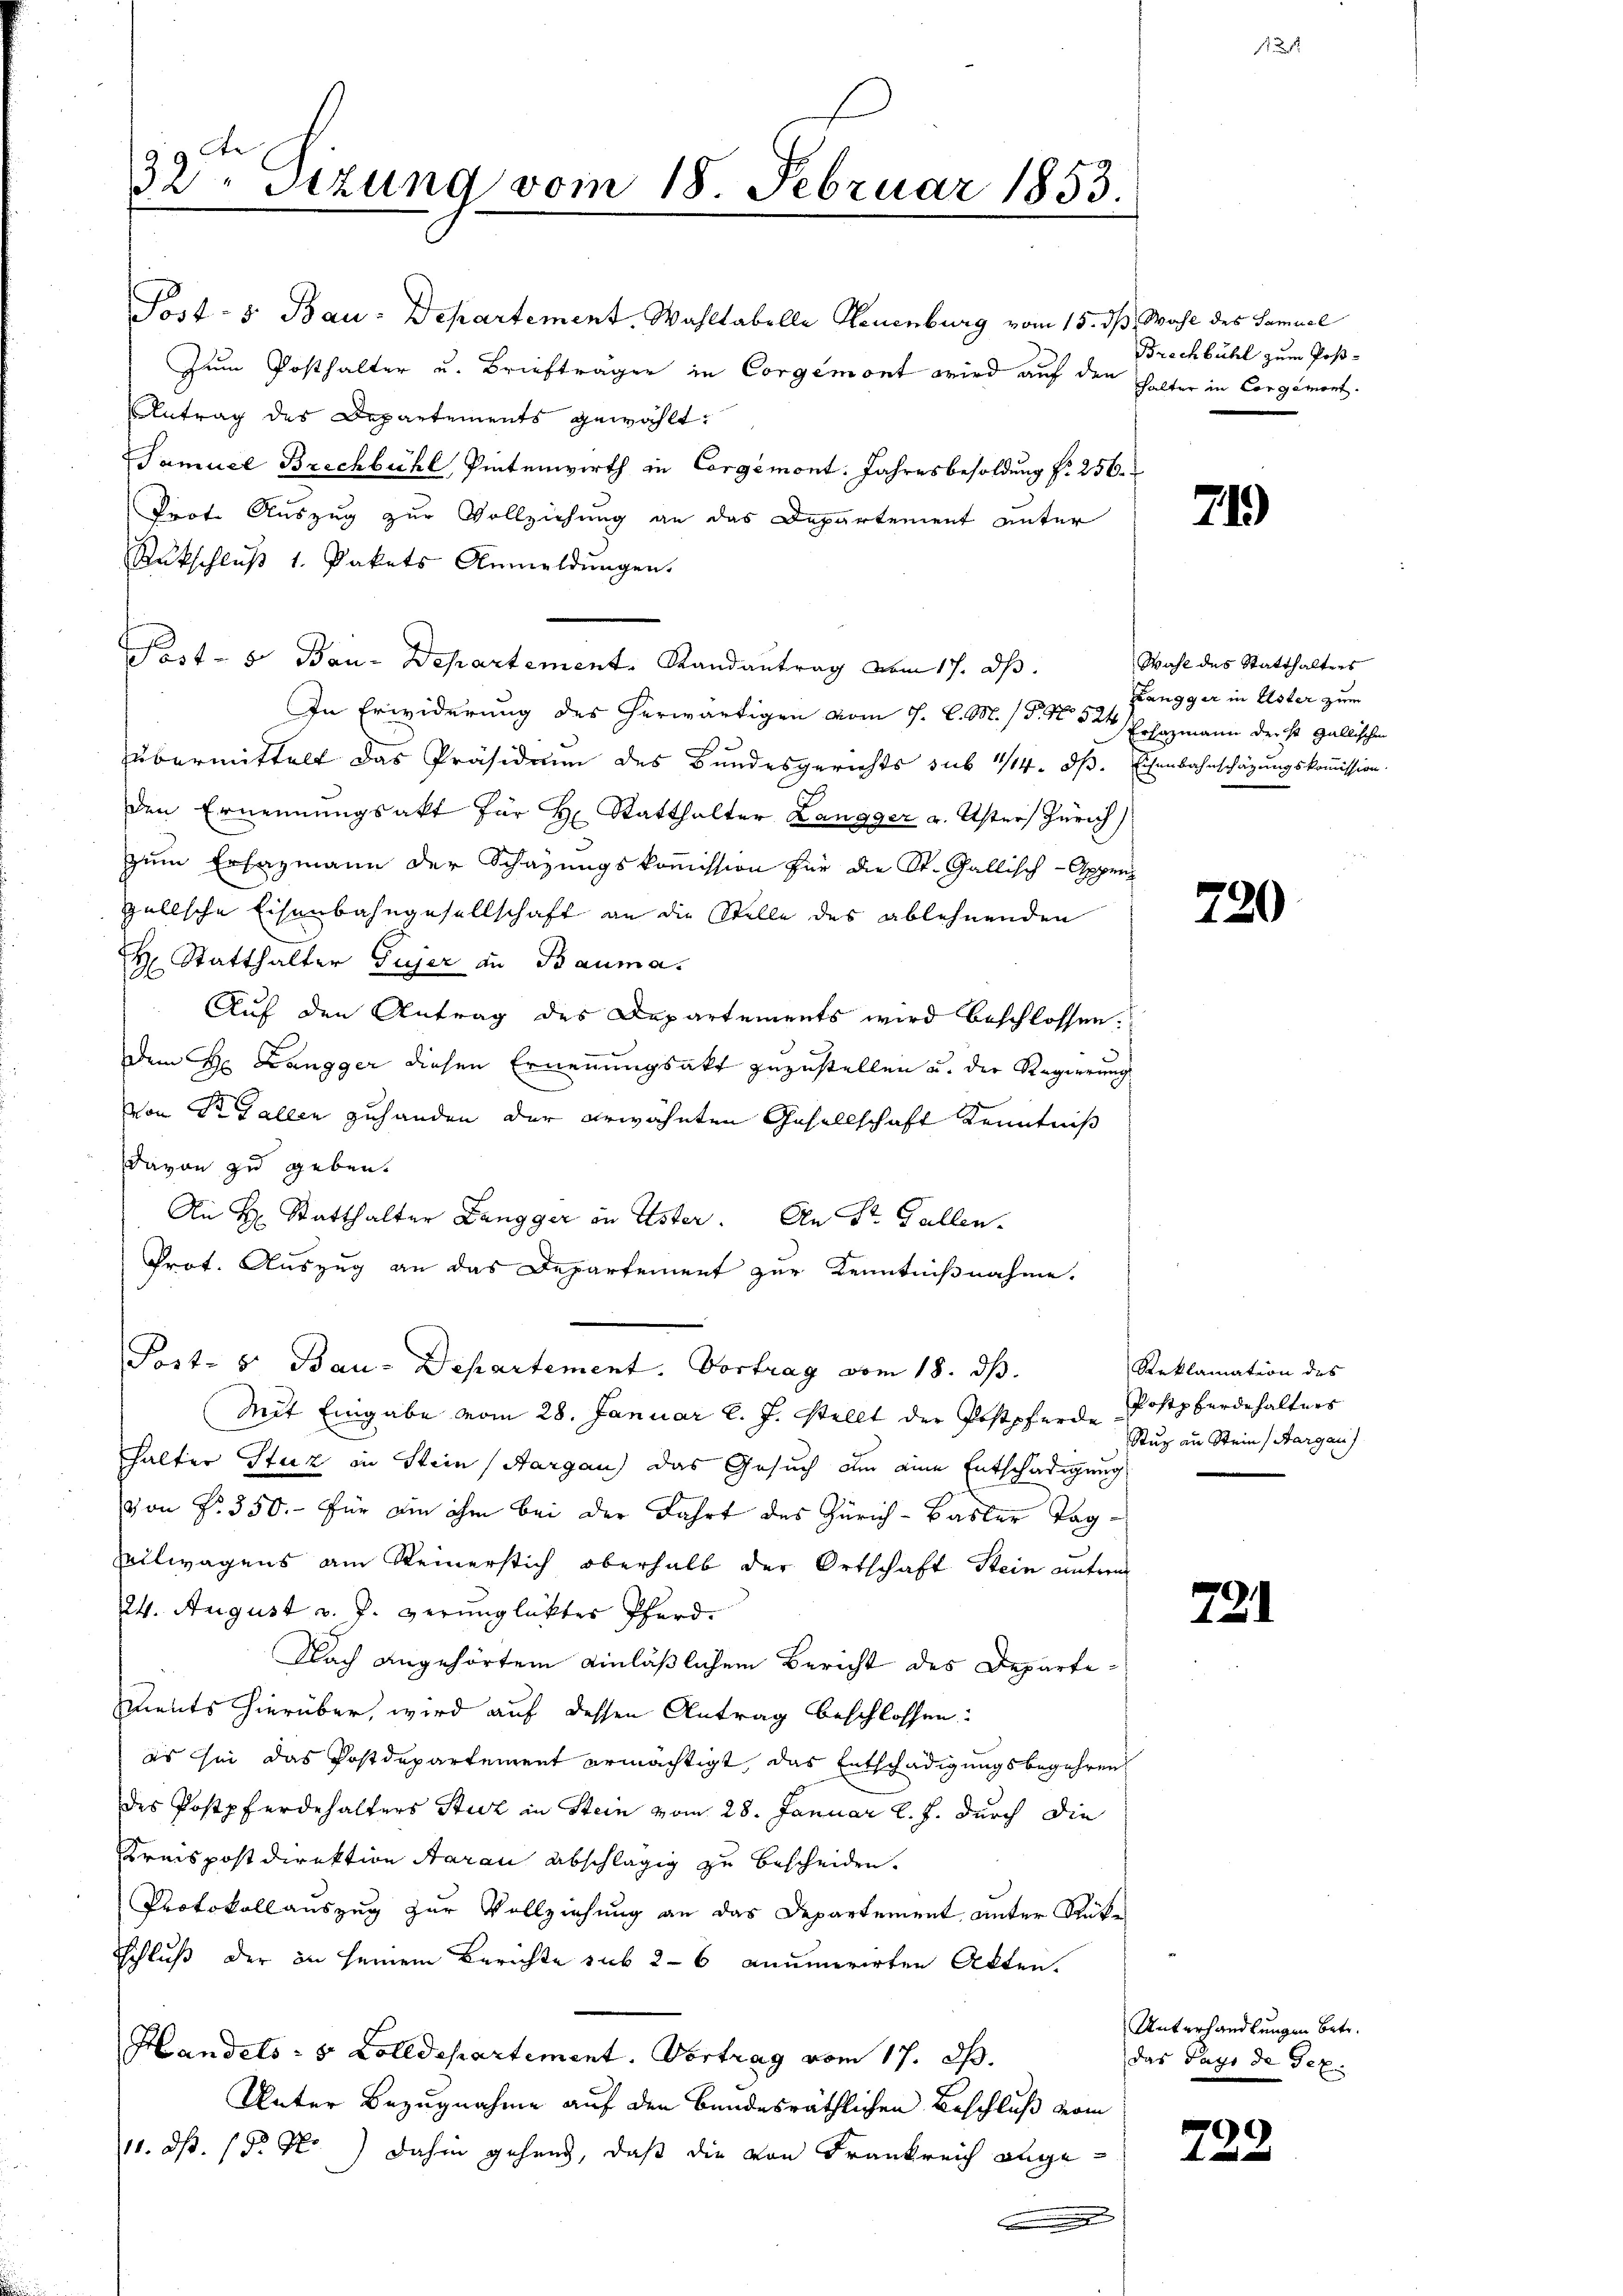
32. Sitzung vom 18 Februar 1853.

Post- & Bau-Departement. Wahltabelle Neuenburg vom 15. ds. Wahl des Samuel
Zum Posthalter u. Briefträger in Corgemont wird auf den halter in Corgement.
Antrag des Departements gewählt:
Samuel Brechbühl, Pintenwirth in Corgémont. Jahresbesoldung f. 256.
Prot. Auszug zur Vollziehung an das Departement unter
Rückschluß 1. Pakets Anmeldungen.
Post- u Bau-Departement. Randantrag vom 17. ds.
In Erwiderung des herwärtigen vom 1. l. M. / P. No 524
übermittelt das Präsidium des Bundesgerichts sub 1/14. dβ.
den Ernennungsakt für H. Statthalter Langger v. Usters Zürich
zum Ersazmann der Schazungskommission für die St. Gallisch-Appenz
gellsche Eisenbahngesellschaft an die Stelle des ablehnenden
H Statthalter Gujer an Bauma.
Auf den Antrag des Departements wird beschlossen.
Dem Hr. Langger diesen Ernennungsakt zuzustellen u. der Regierung
von St. Gallen zuhanden der erwähnten Gesellschaft Kenntniß
davon zu geben.
An H. Statthalter Langger in Ester. An Str. Gallen.
Prot. Auszug an das Departement zur Kenntnißnahme.
Post- u Bau-Departement. Vortrag vom 18. ds.
Mit Eingabe vom 28. Januar l. J. stellt der Postpferde Postpberdehalters
halter Stuz in Stein (Aargau) das Gesuch am eine Entschädigung
von No. 350.- für ein ihm bei der Fahrt des Zürich-Basler Tag¬
Eilwagens am Reinerstich oberhalb der Ortschaft Stein untern
24. August v. J. verunglücktes Pferd.
Nach angehörtem einläßlichem Bericht des Departements hierüber, wird auf dessen Antrag beschlossen:
es sei das Postdepartement ermächtigt, das Entschädigungsbegehren
des Postpferdehalters Sturz in Stein vom 28. Januar l. J. durch die
Kreispostdirektion Aarau abschlägig zu bescheiden.
Protokoll auszug zur Vollziehung an das Departement unter Rückschluß der in seinem Berichte sub 26 anumerirten Akten.
Handels- 5 Zolldepartement. Vortrag vom 17. ds.
Unter Bezugnahme auf den bundesräthlichen Beschluß vom
11. d. d. So dahin gehend, daß die von Frankreich angee

Brechbühl zum Post¬

719)

Wahl des Statthalters
Zangger in Ester zum
Eehazmann ders Gallischen
Eisenbahnschätzungskommission.

720

Reklamation des
Stuz an Stein Aargau)

731

Unterhandlungen betr.
das Tags de Gex

722